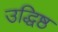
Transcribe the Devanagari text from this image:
उद्धिष्ठ